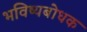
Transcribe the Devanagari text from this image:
भविष्यबोधक